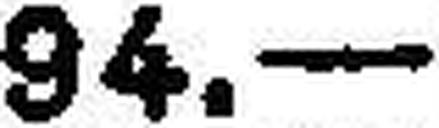
94.—